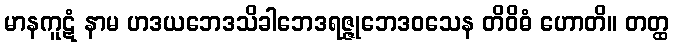
မာနကူဋံ နာမ ဟဒယဘေဒသိခါဘေဒရဇ္ဇုဘေဒဝသေန တိဝိဓံ ဟောတိ။ တတ္ထ